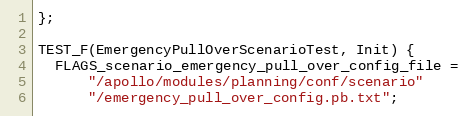
Language: C++
};

TEST_F(EmergencyPullOverScenarioTest, Init) {
  FLAGS_scenario_emergency_pull_over_config_file =
      "/apollo/modules/planning/conf/scenario"
      "/emergency_pull_over_config.pb.txt";